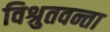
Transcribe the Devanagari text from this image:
विश्रुतवन्ता